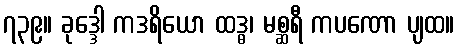
၇၃၉။ ခုဒ္ဒေါ ကဒရိယော ထဒ္ဓ၊ မစ္ဆရီ ကပဏော ပျထ။